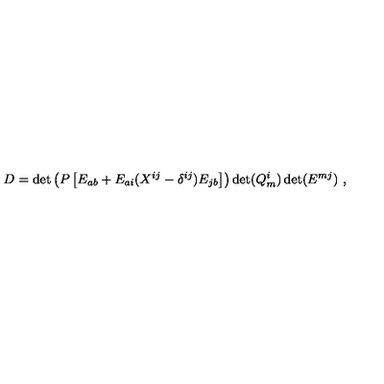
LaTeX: D = \det \left( P \left[ E _ { a b } + E _ { a i } ( X ^ { i j } - \delta ^ { i j } ) E _ { j b } \right] \right) \det ( Q _ { m } ^ { i } ) \det ( E ^ { m j } ) \ ,